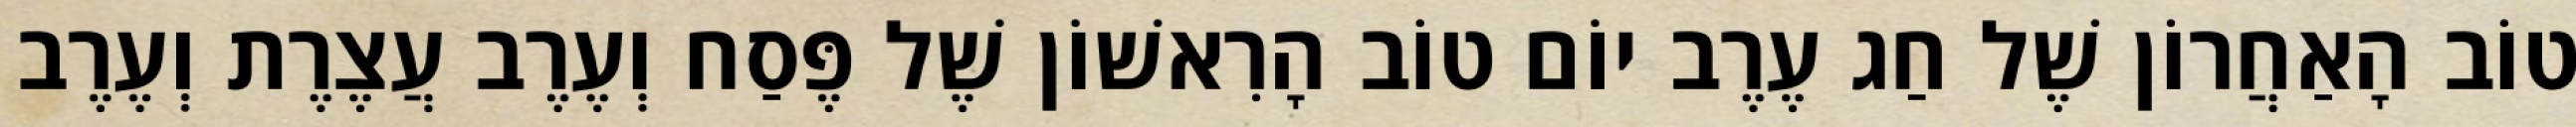
טוֹב הָאַחֲרוֹן שֶׁל חַג עֶרֶב יוֹם טוֹב הָרִאשׁוֹן שֶׁל פֶּסַח וְעֶרֶב עֲצֶרֶת וְעֶרֶב